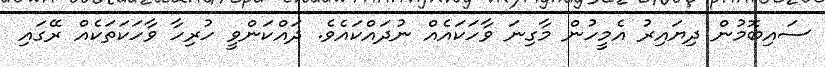
ސައިބޮމުން ދިޔައިރު އެމީހުން މާގިނަ ވާހަކައެއް ނުދައްކައެވެ. ދައްކަންވީ ހުރިހާ ވާހަކަތަކެއް ރޭގައި